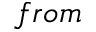
f r o m